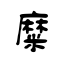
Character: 糜